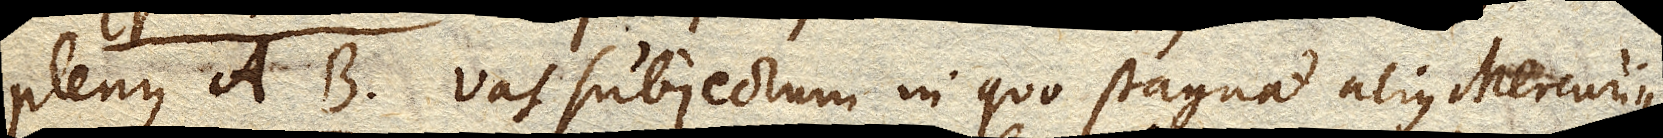
plenus AB vas subjectum in quo stagnat alius Mercurius